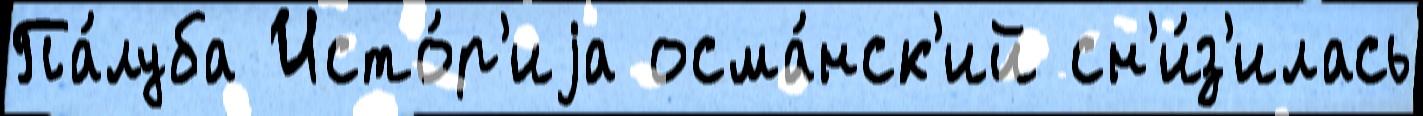
Па́луба Исто́р'иjа осма́нск'ий сн'и́з'илась